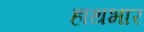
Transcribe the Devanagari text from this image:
हाथभार